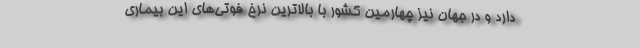
دارد و در جهان نیز چهارمین کشور با بالاترین نرخ فوتی‌های این بیماری